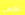
الأراضي